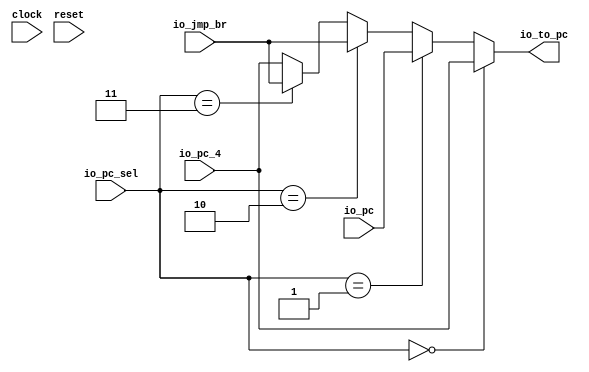
`ifdef RANDOMIZE_GARBAGE_ASSIGN
`define RANDOMIZE
`endif
`ifdef RANDOMIZE_INVALID_ASSIGN
`define RANDOMIZE
`endif
`ifdef RANDOMIZE_REG_INIT
`define RANDOMIZE
`endif
`ifdef RANDOMIZE_MEM_INIT
`define RANDOMIZE
`endif

module pc_mux(
  input         clock,
  input         reset,
  input  [31:0] io_pc_4,
  input  [31:0] io_pc,
  input  [31:0] io_jmp_br,
  input  [1:0]  io_pc_sel,
  output [31:0] io_to_pc
);
  wire  _T_12;
  wire  _T_13;
  wire  _T_14;
  wire  _T_15;
  wire [31:0] _T_16;
  wire [31:0] _T_17;
  wire [31:0] _T_18;
  wire [31:0] _T_19;
  assign io_to_pc = _T_19;
  assign _T_12 = io_pc_sel == 2'h0;
  assign _T_13 = io_pc_sel == 2'h1;
  assign _T_14 = io_pc_sel == 2'h2;
  assign _T_15 = io_pc_sel == 2'h3;
  assign _T_16 = _T_15 ? io_jmp_br : io_pc_4;
  assign _T_17 = _T_14 ? io_jmp_br : _T_16;
  assign _T_18 = _T_13 ? io_pc : _T_17;
  assign _T_19 = _T_12 ? io_pc_4 : _T_18;
endmodule